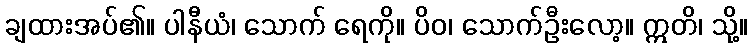
ချထားအပ်၏။ ပါနီယံ၊ သောက် ရေကို။ ပိဝ၊ သောက်ဦးလော့။ ဣတိ၊ သို့။